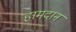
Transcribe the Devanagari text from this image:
हामदान